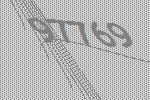
97769